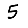
Digit: 5